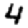
Digit: 4